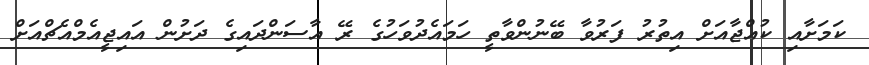
ކަމަށާއި ކުއްޖާއަށް އިތުރު ފަރުވާ ބޭނުންވާތީ ހަމައެދުވަހުގެ ރޭ އާސަންދައިގެ ދަށުން އައިޖީއެމްއެޗްއަށް